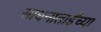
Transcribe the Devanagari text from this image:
साधनाताईंच्या